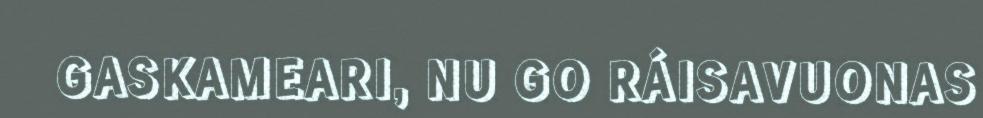
GASKAMEARI, NU GO RÁISAVUONAS